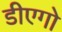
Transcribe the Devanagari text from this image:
डीएगो